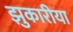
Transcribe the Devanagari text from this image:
झुकारीया